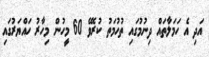
އަދި އެ ހަމަލާތައް ދިނުމުގައި ތުހުމަތު ކުރެވޭ 60 މީހުން މިހާރު ހައްޔަރުގައި